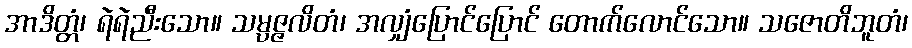
အာဒိတ္တံ၊ ရဲရဲညီးသော။ သမ္ပဇ္ဇလိတံ၊ အလျှံပြောင်ပြောင် တောက်လောင်သော။ သဇောတိဘူတံ၊